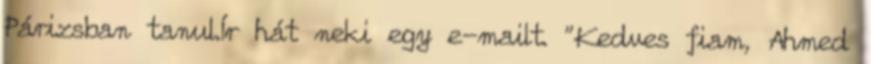
Párizsban tanul.Ír hát neki egy e-mailt. "Kedves fiam, Ahmed